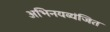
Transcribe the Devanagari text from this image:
अभिनयव्यंजित